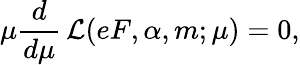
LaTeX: \mu\frac{d}{d\mu}\, {\cal L}(eF,\alpha,m;\mu)=0,